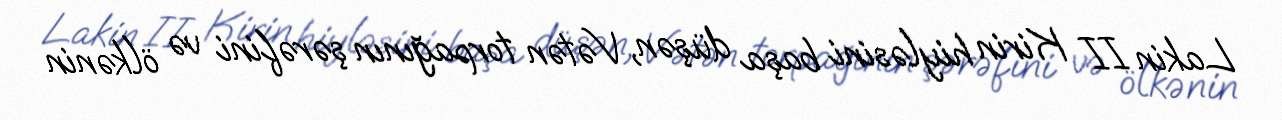
Lakin II Kirin hiyləsini başa düşən, Vətən torpağının şərəfini və ölkənin